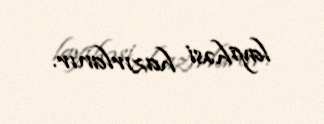
layihəsi hazırlanır.